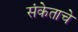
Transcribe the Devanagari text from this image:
संकेताचे